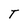
Character: T